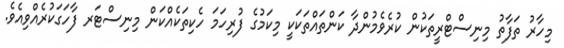
މިހާރު ތަފާތު މިނިސްޓްރީތަކުން ކުރެވެމުންދާ ކަންތައްތަކަކީ މިކަމުގެ ފުރިހަމަ ހެކިތަކެއްކަން މިނިސްޓަރ ފާހަގަކުރެއްވިއެވެ.